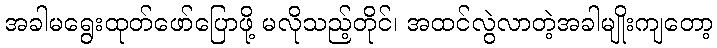
အခါမရွေးထုတ်ဖော်ပြောဖို့ မလိုသည့်တိုင်၊ အထင်လွဲလာတဲ့အခါမျိုးကျတော့